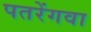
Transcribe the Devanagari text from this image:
पतरेंगवा